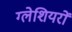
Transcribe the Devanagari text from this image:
ग्‍लेशियरों